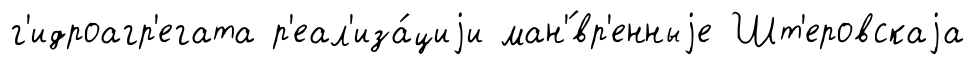
г'идроагр'егата р'еал'иза́циjи ман'́вр'енныjе Шт'еровскаjа